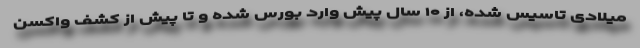
میلادی تاسیس شده، از ۱۰ سال پیش وارد بورس شده و تا پیش از کشف واکسن